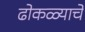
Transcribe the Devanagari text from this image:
ढोकळ्याचे